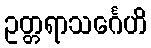
ဥတ္တရာသင်္ဂေဟိ